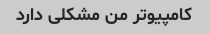
کامپیوتر من مشکلی دارد